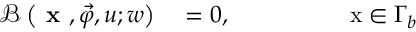
\begin{array} { r } { \begin{array} { r l } { \mathcal { B } \left( \textbf { x } , \vec { \varphi } , u ; w \right) } & { { } = 0 , \quad \quad \quad \quad \quad \mathrm { x } \in \Gamma _ { b } } \end{array} } \end{array}